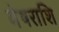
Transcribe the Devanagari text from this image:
मेषराशि